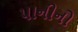
પાનીનો